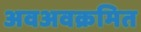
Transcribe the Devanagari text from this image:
अवअवक्रमित